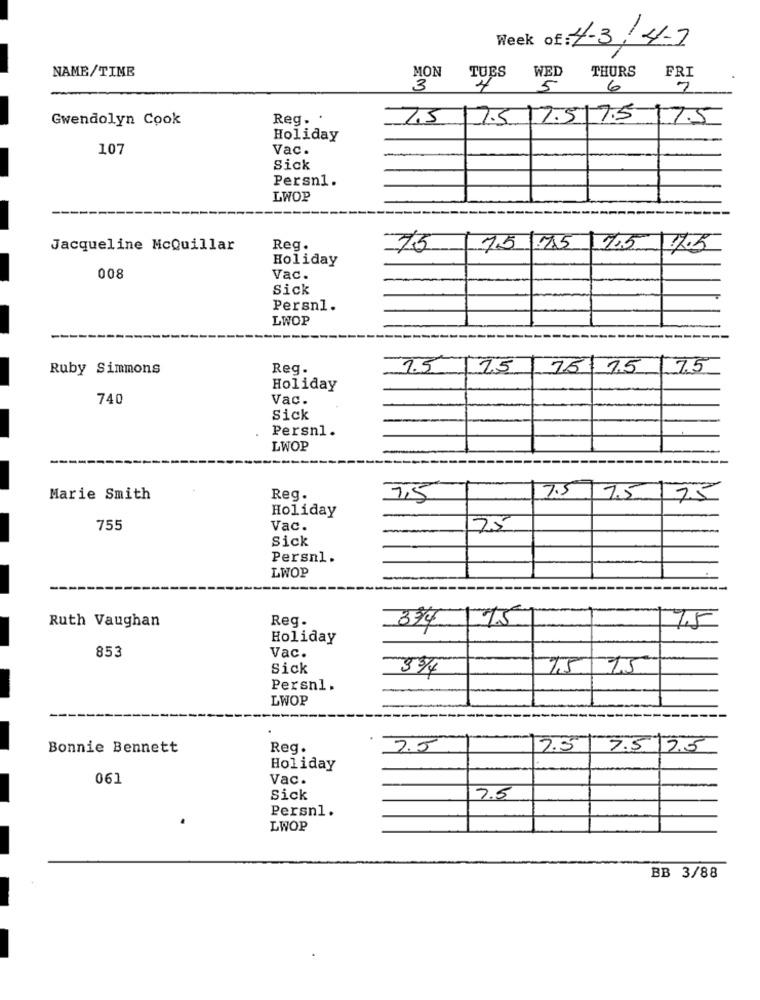
Week of: 4-3/4-7
NAME/TIME
THURS
FRI
MON
TUES
WED
3
5
6
7
Gwendolyn Cook
Reg. .
15 15 15 75
17.5
Holiday
107
Vac.
Sick
Persn1.
LWOP
Jacqueline McQuillar
Reg.
75
7.5 75 7.5 7.5
Holiday
008
Vac.
Sick
Persnl.
LWOP
Ruby Simmons
Reg.
1.5
75
75 15
7.5
Holiday
740
Vac.
Sick
Persnl.
LWOP
Marie Smith
Reg.
7,5
7.5 7.5 7.5
Holiday
755
Vac.
25
Sick
Persnl.
LWOP
Ruth Vaughan
Reg.
75
394
7.5
Holiday
853
Vac.
Sick
33/4
75
15
Persnl.
LWOP
Bonnie Bennett
Reg.
7.5
2.51
7.5 7.5
Holiday
061
Vac.
Sick
7.5
Persnl.
LWOP
BB 3/88